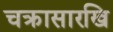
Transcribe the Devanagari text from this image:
चक्रासारखि